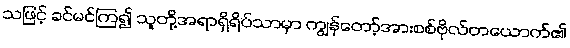
သဖြင့် ခင်မင်ကြ၍ သူတို့အရာရှိရိပ်သာမှာ ကျွန်တော့်အားစစ်ဗိုလ်တယောက်၏